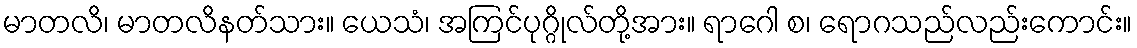
မာတလိ၊ မာတလိနတ်သား။ ယေသံ၊ အကြင်ပုဂ္ဂိုလ်တို့အား။ ရာဂေါ စ၊ ရောဂသည်လည်းကောင်း။